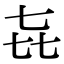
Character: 㐂